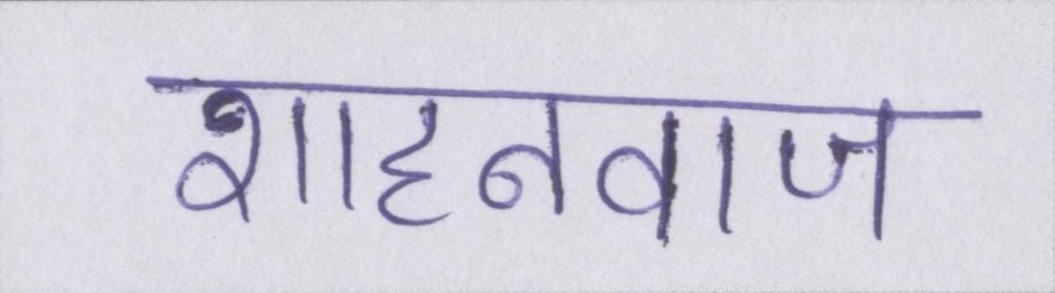
शाहनवाज